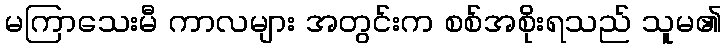
မကြာသေးမီ ကာလများ အတွင်းက စစ်အစိုးရသည် သူမ၏